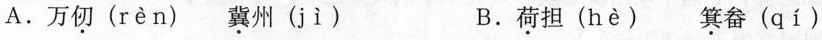
A.万仞( rèn )冀州( jì ) B.荷担( hè ) 箕畚( qí )